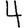
Digit: 4